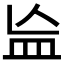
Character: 𬐗